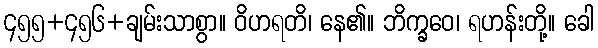
၄၅၅+၄၅၆+ချမ်းသာစွာ။ ဝိဟရတိ၊ နေ၏။ ဘိက္ခဝေ၊ ရဟန်းတို့။ ခေါ